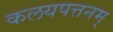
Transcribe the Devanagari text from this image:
कलयपत्तनम्